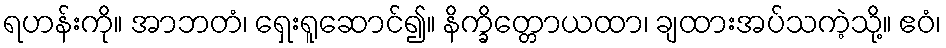
ရဟန်းကို။ အာဘတံ၊ ရှေးရူဆောင်၍။ နိက္ခိတ္တောယထာ၊ ချထားအပ်သကဲ့သို့။ ဧဝံ၊